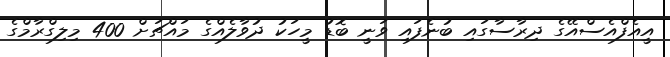
އީއެފްއެސްއޭގެ ދިރާސާގައި ބުނެފައި ވަނީ ބޮޑު މީހަކު ދުވާލެއްގެ މައްޗަށް 400 މިލިގްރާމްގެ